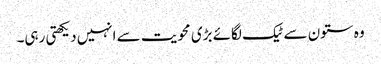
وہ ستون سے ٹیک لگائے بڑی محویت سے انہیں دیکھتی رہی۔